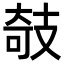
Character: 攲